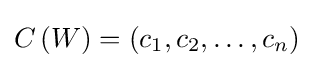
C\left(W\right)=(c_{1},c_{2},\dots ,c_{n})